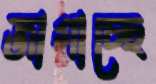
জাগাচ্ছে